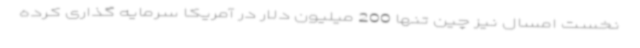
نخست امسال نیز چین تنها 200 میلیون دلار در آمریکا سرمایه گذاری کرده